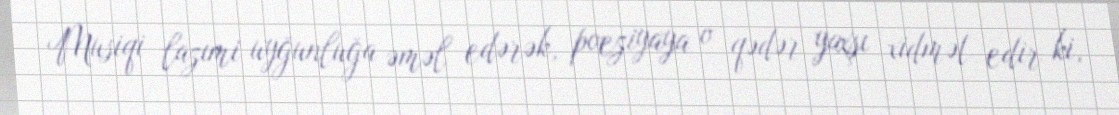
Musiqi lazımi uyğunluğa əməl edərək, poeziyaya o qədər yaxşı xidmət edir ki,